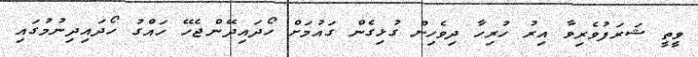
ވީތީ ޝަރަފުވެރިވާ އިރު ހުރިހާ ދިވެހިން ގުޅިގެން ގައުމަށް ހޯދައިދޭންޖެހޭ ހައްގު ހޯދައިދިނުމުގައި